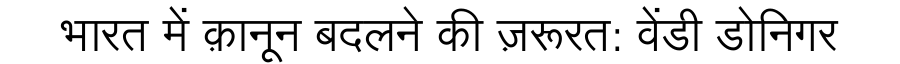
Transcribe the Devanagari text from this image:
भारत में क़ानून बदलने की ज़रूरत: वेंडी डोनिगर